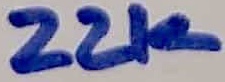
Text: 22k